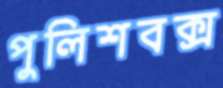
পুলিশবক্স